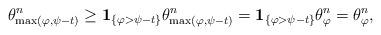
LaTeX: \begin{align*}\theta_{\max(\varphi,\psi-t)}^n \geq {\bf 1}_{\{\varphi>\psi-t\}}\theta_{\max(\varphi,\psi-t)}^n = {\bf 1}_{\{\varphi>\psi-t\}} \theta_{\varphi}^n=\theta_{\varphi}^n,\end{align*}